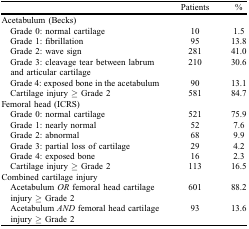
|  | Patients | % |
 | --- | --- | --- |
 | Acetabulum (Becks) |  |  |
 | Grade 0: normal cartilage | 10 | 1.5 |
 | Grade 1: fibrillation | 95 | 13.8 |
 | Grade 2: wave sign | 281 | 41.0 |
 | Grade 3: cleavage tear between labrum and articular cartilage | 210 | 30.6 |
 | Grade 4: exposed bone in the acetabulum | 90 | 13.1 |
 | Cartilage injury ≥ Grade 2 | 581 | 84.7 |
 | Femoral head (ICRS) |  |  |
 | Grade 0: normal cartilage | 521 | 75.9 |
 | Grade 1: nearly normal | 52 | 7.6 |
 | Grade 2: abnormal | 68 | 9.9 |
 | Grade 3: partial loss of cartilage | 29 | 4.2 |
 | Grade 4: exposed bone | 16 | 2.3 |
 | Cartilage injury ≥ Grade 2 | 113 | 16.5 |
 | Combined cartilage injury |  |  |
 | Acetabulum OR femoral head cartilage injury ≥ Grade 2 | 601 | 88.2 |
 | Acetabulum AND femoral head cartilage injury ≥ Grade 2 | 93 | 13.6 |